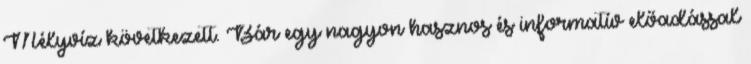
Mélyvíz következett. Bár egy nagyon hasznos és informatív előadással